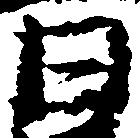
日